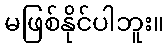
မဖြစ်နိုင်ပါဘူး။